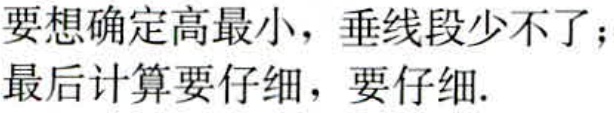
要想确定高最小，垂线段少不了；
最后计算要仔细，要仔细.